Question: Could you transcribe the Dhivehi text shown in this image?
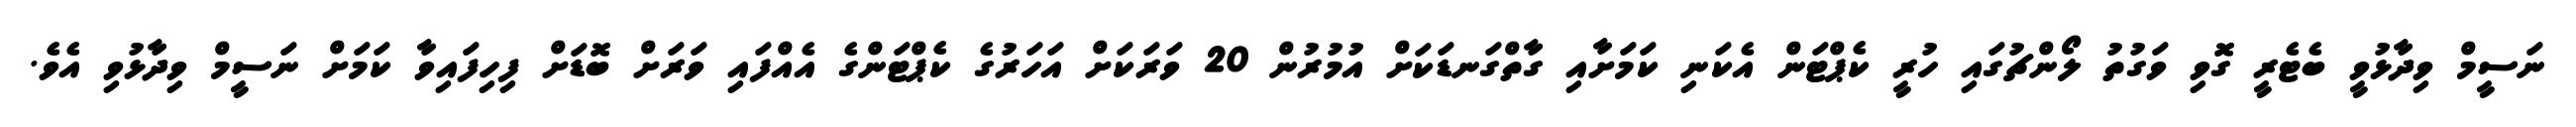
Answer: ނަސީމް ވިދާޅުވީ ބެޓެރީ ގޮވި ވަގުތު ލޯންޗުގައި ހުރީ ކެޕްޓަން އެކަނި ކަމަށާއި ގާތްގަނޑަކަށް އުމުރުން 20 ވަރަކަށް އަހަރުގެ ކެޕްޓަންގެ އެއްފައި ވަރަށް ބޮޑަށް ފިހިފައިވާ ކަމަށް ނަސީމް ވިދާޅުވި އެވެ.